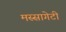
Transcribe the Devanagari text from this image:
मस्सागेटी